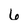
Character: 6